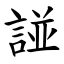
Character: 諩